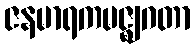
ဇနမာရကမဇ္ဈဂတာ